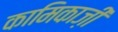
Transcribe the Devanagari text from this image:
कामिकाज़ी